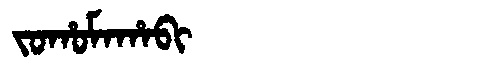
Manchu: ᠵᠣᡥᠣᠮᠠᡥᠠᠪᡳ
Romanization: JOHOMAHABI